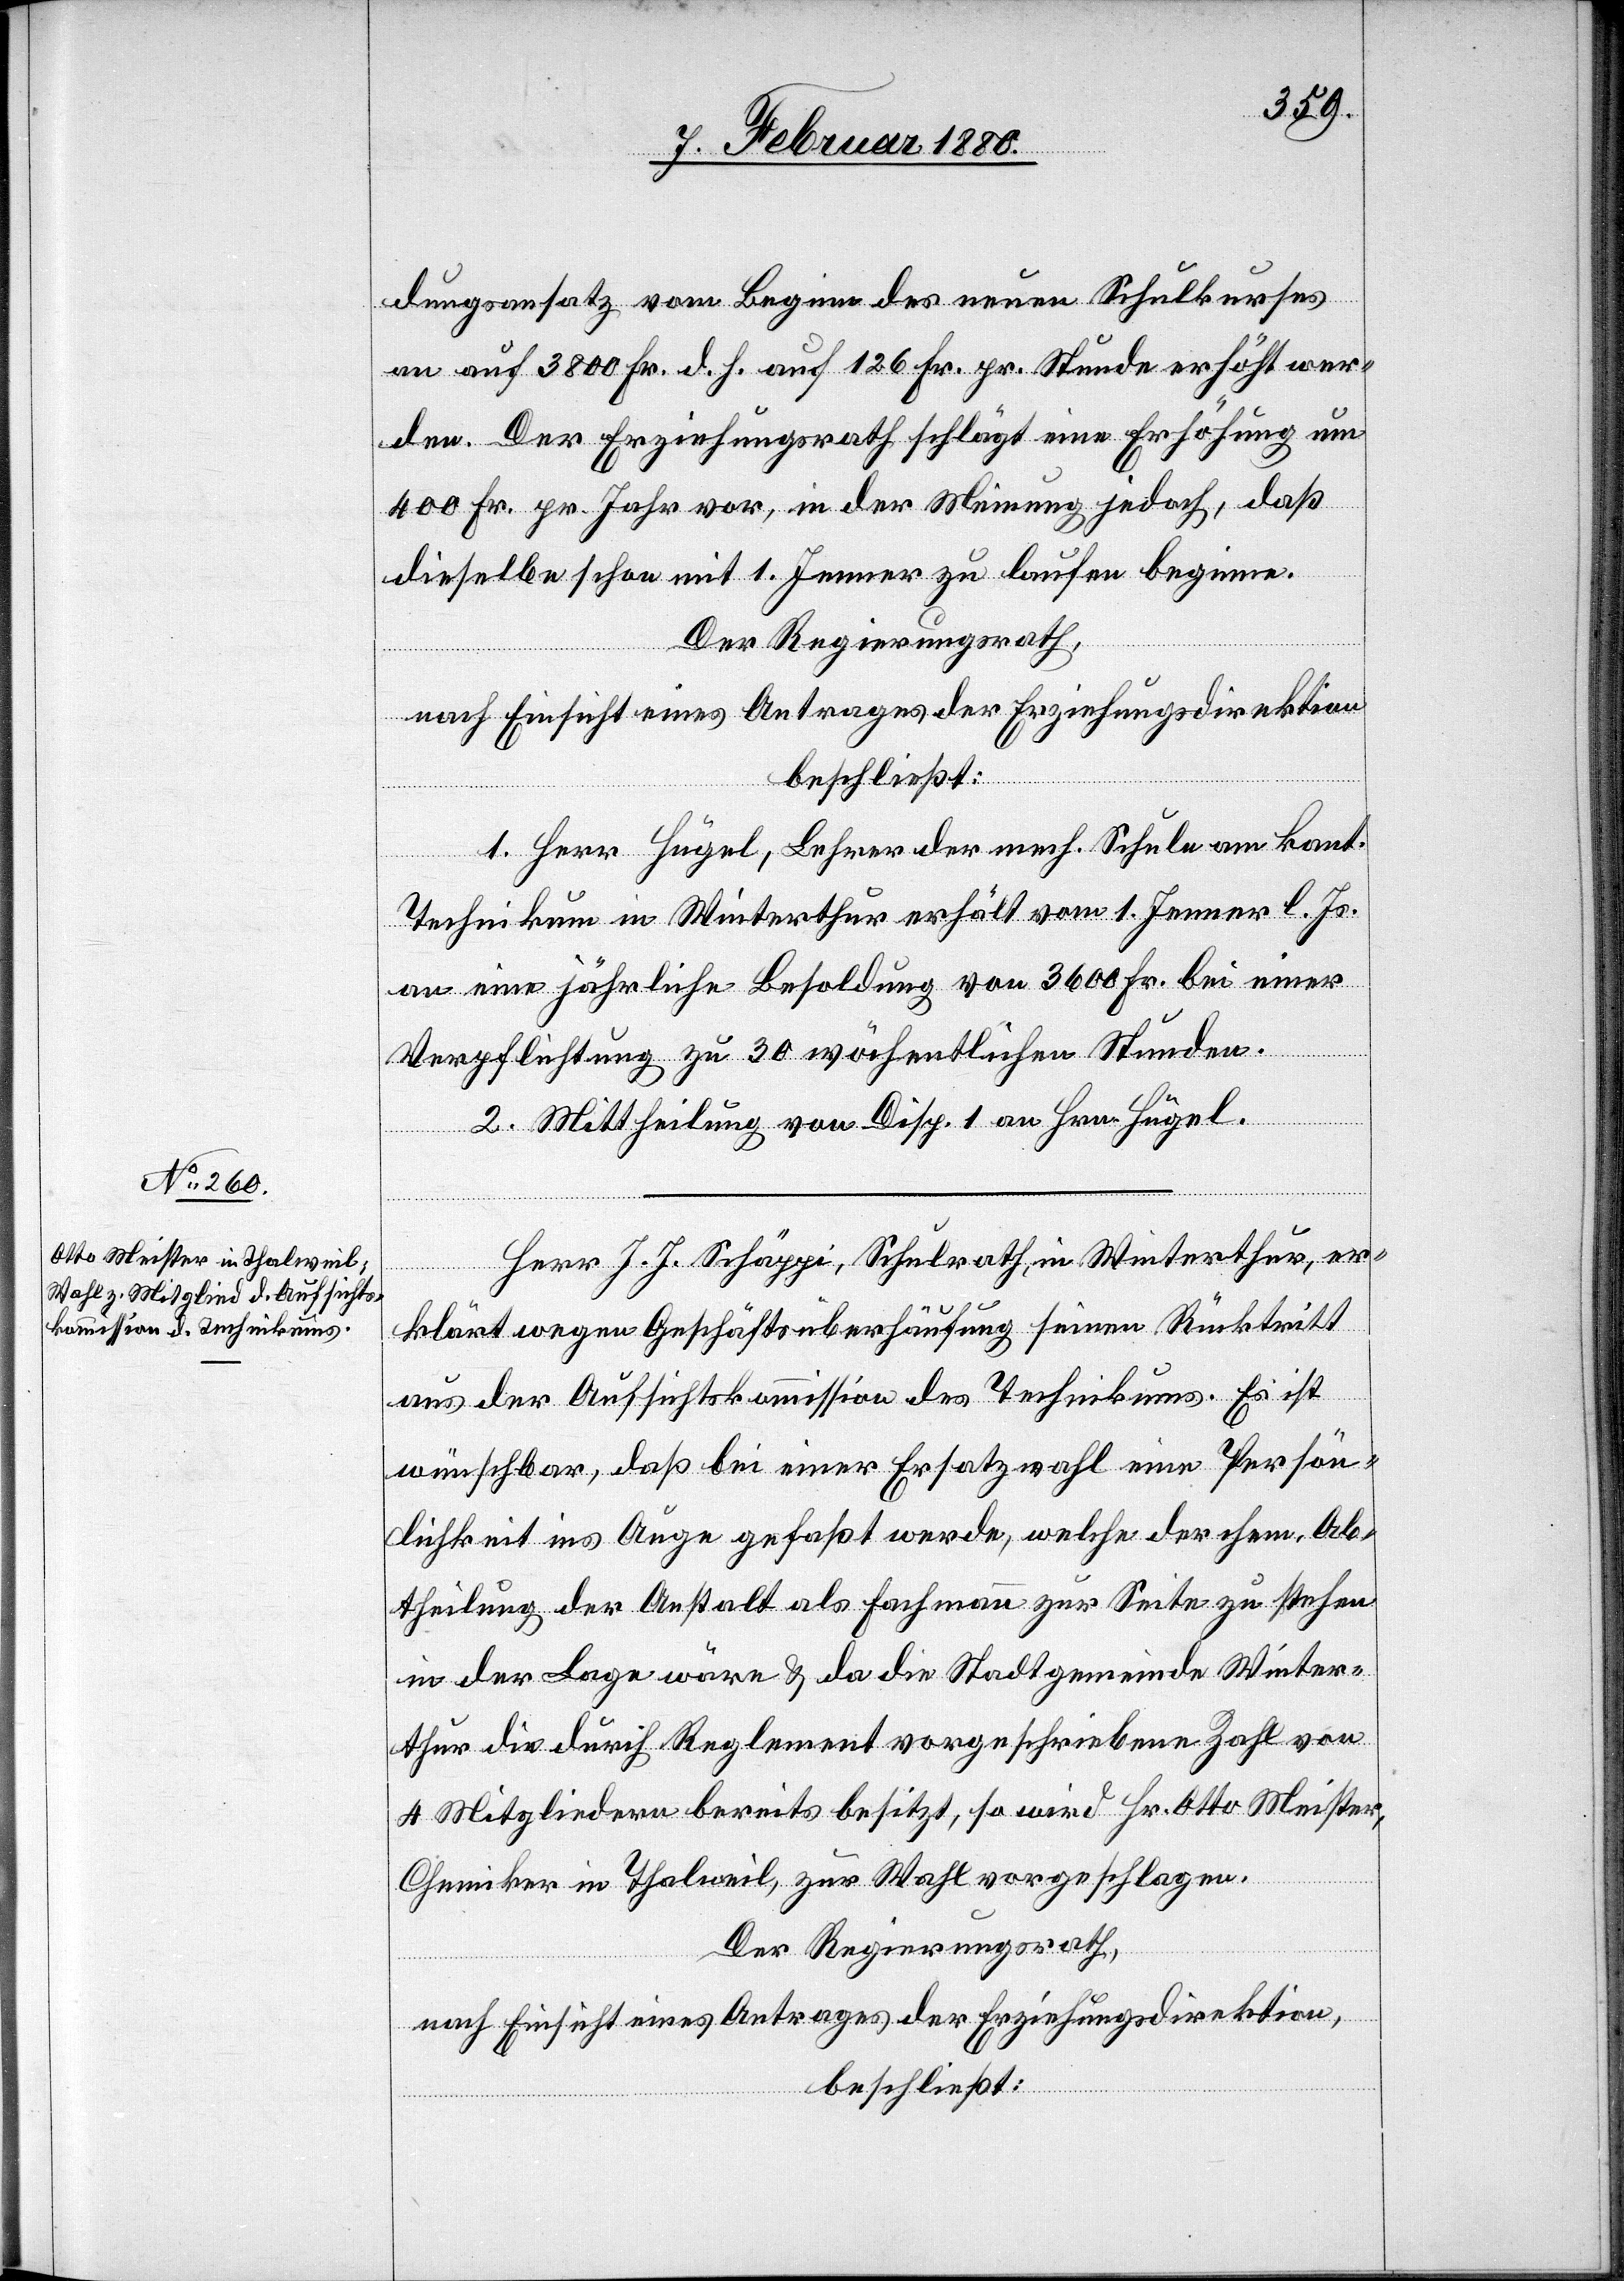
dungsansatz vom Beginn des neuen Schulkurses
an auf 3800 Fr. d. h. auf 126 Fr. pr. Stunde erhöht wer¬
den. Der Erziehungsdirektion schlägt eine Erhöhung um
400 Fr. pr. Jahr vor, in der Meinung jedoch, daß
dieselbe schon mit 1. Jenner zu laufen beginne.
Der Regierungsrath,
nach Einsicht eines Antrages der Erziehungsdirektion,
beschließt:
1. Herr Hügel, Lehrer der mech. Schule am kant.
Technikum in Winterthur erhält vom 1. Jenner l. Js.
an eine jährliche Besoldung von 3600 Fr. bei einer
Verpflichtung zu 30 wöchentlichen Stunden.
2. Mittheilung von Disp. 1 an Hrn. Hügel.
Herr J. J. Schäppi, Schulrath in Winterthur, er¬
klärt wegen Geschäftsüberhäufung seinen Rücktritt
aus der Aufsichtskommission des Technikums. Es ist
wünschbar, daß bei einer Ersatzwahl eine Persön¬
lichkeit ins Auge gefaßt werde, welche der chem. Ab¬
theilung der Anstalt als Fachmann zur Seite zu stehen
in der Lage wäre & da die Stadtgemeinde Winter¬
thur die durch Reglement vorgeschriebene Zahl von
4 Mitgliedern bereits besitzt, so wird Hr. Otto Meister,
Chemiker in Thalweil, zur Wahl vorgeschlagen.
Der Regierungsrath,
nach Einsicht eines Antrages der Erziehungsdirektion,
beschließt: